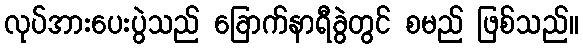
လုပ်အားပေးပွဲသည် ခြောက်နာရီခွဲတွင် စမည် ဖြစ်သည်။